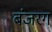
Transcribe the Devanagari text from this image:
बंजरग